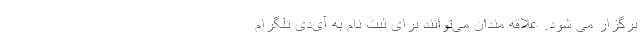
برگزار می شود. علاقه مندان می‌توانند برای ثبت نام به آی‌دی تلگرام